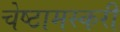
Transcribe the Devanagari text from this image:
चेष्टामस्करी